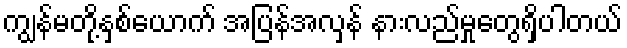
ကျွန်မတို့နှစ်ယောက် အပြန်အလှန် နားလည်မှုတွေရှိပါတယ်